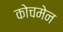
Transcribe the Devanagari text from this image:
कोचमेन